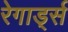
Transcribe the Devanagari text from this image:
रेगार्ड्स